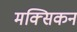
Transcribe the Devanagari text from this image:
मक्सिकन